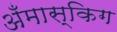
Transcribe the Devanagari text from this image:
अँमास्किग